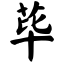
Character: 荜